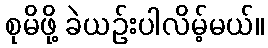
စုမိဖို့ ခဲယဉ်းပါလိမ့်မယ်။